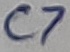
Text: C7